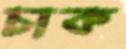
চাক